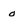
Character: o